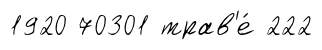
1920 70301 трав'е́ 222